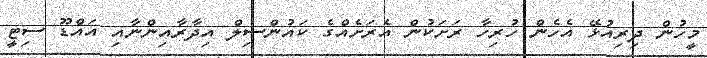
މީހުން ދިރިއުޅޭ އެހެން ހުރިހާ ރަށަކުން އެރަށެއްގެ ކައުންސިލް އިދާރާއިންނާއި އައްޑޫ ސިޓީ